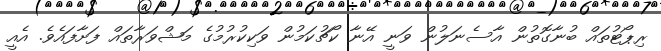
ރިޕޯޓުތައް ބުނާގޮތުން އާސެނަލުން ވަނީ އޭނާ ކޯޗުކަމުން ވަކިކުރުމުގެ މަޝްވަރާތައް ފަށާފައެވެ. އެއީ